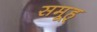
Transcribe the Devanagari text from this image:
समूह्